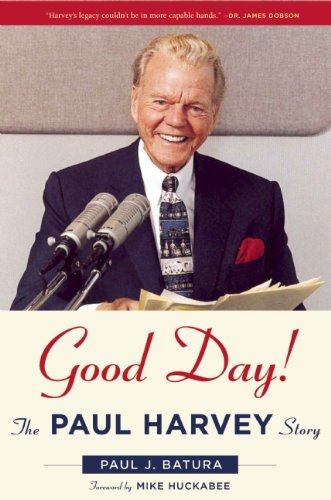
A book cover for Good Day!: The Paul Harvey Story; Paul Batura; Humor & Entertainment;